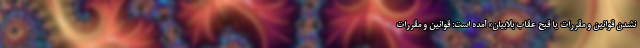
نشدن قوانین و مقررات یا قبح عقاب بلابیان» آمده است: قوانین و مقررات